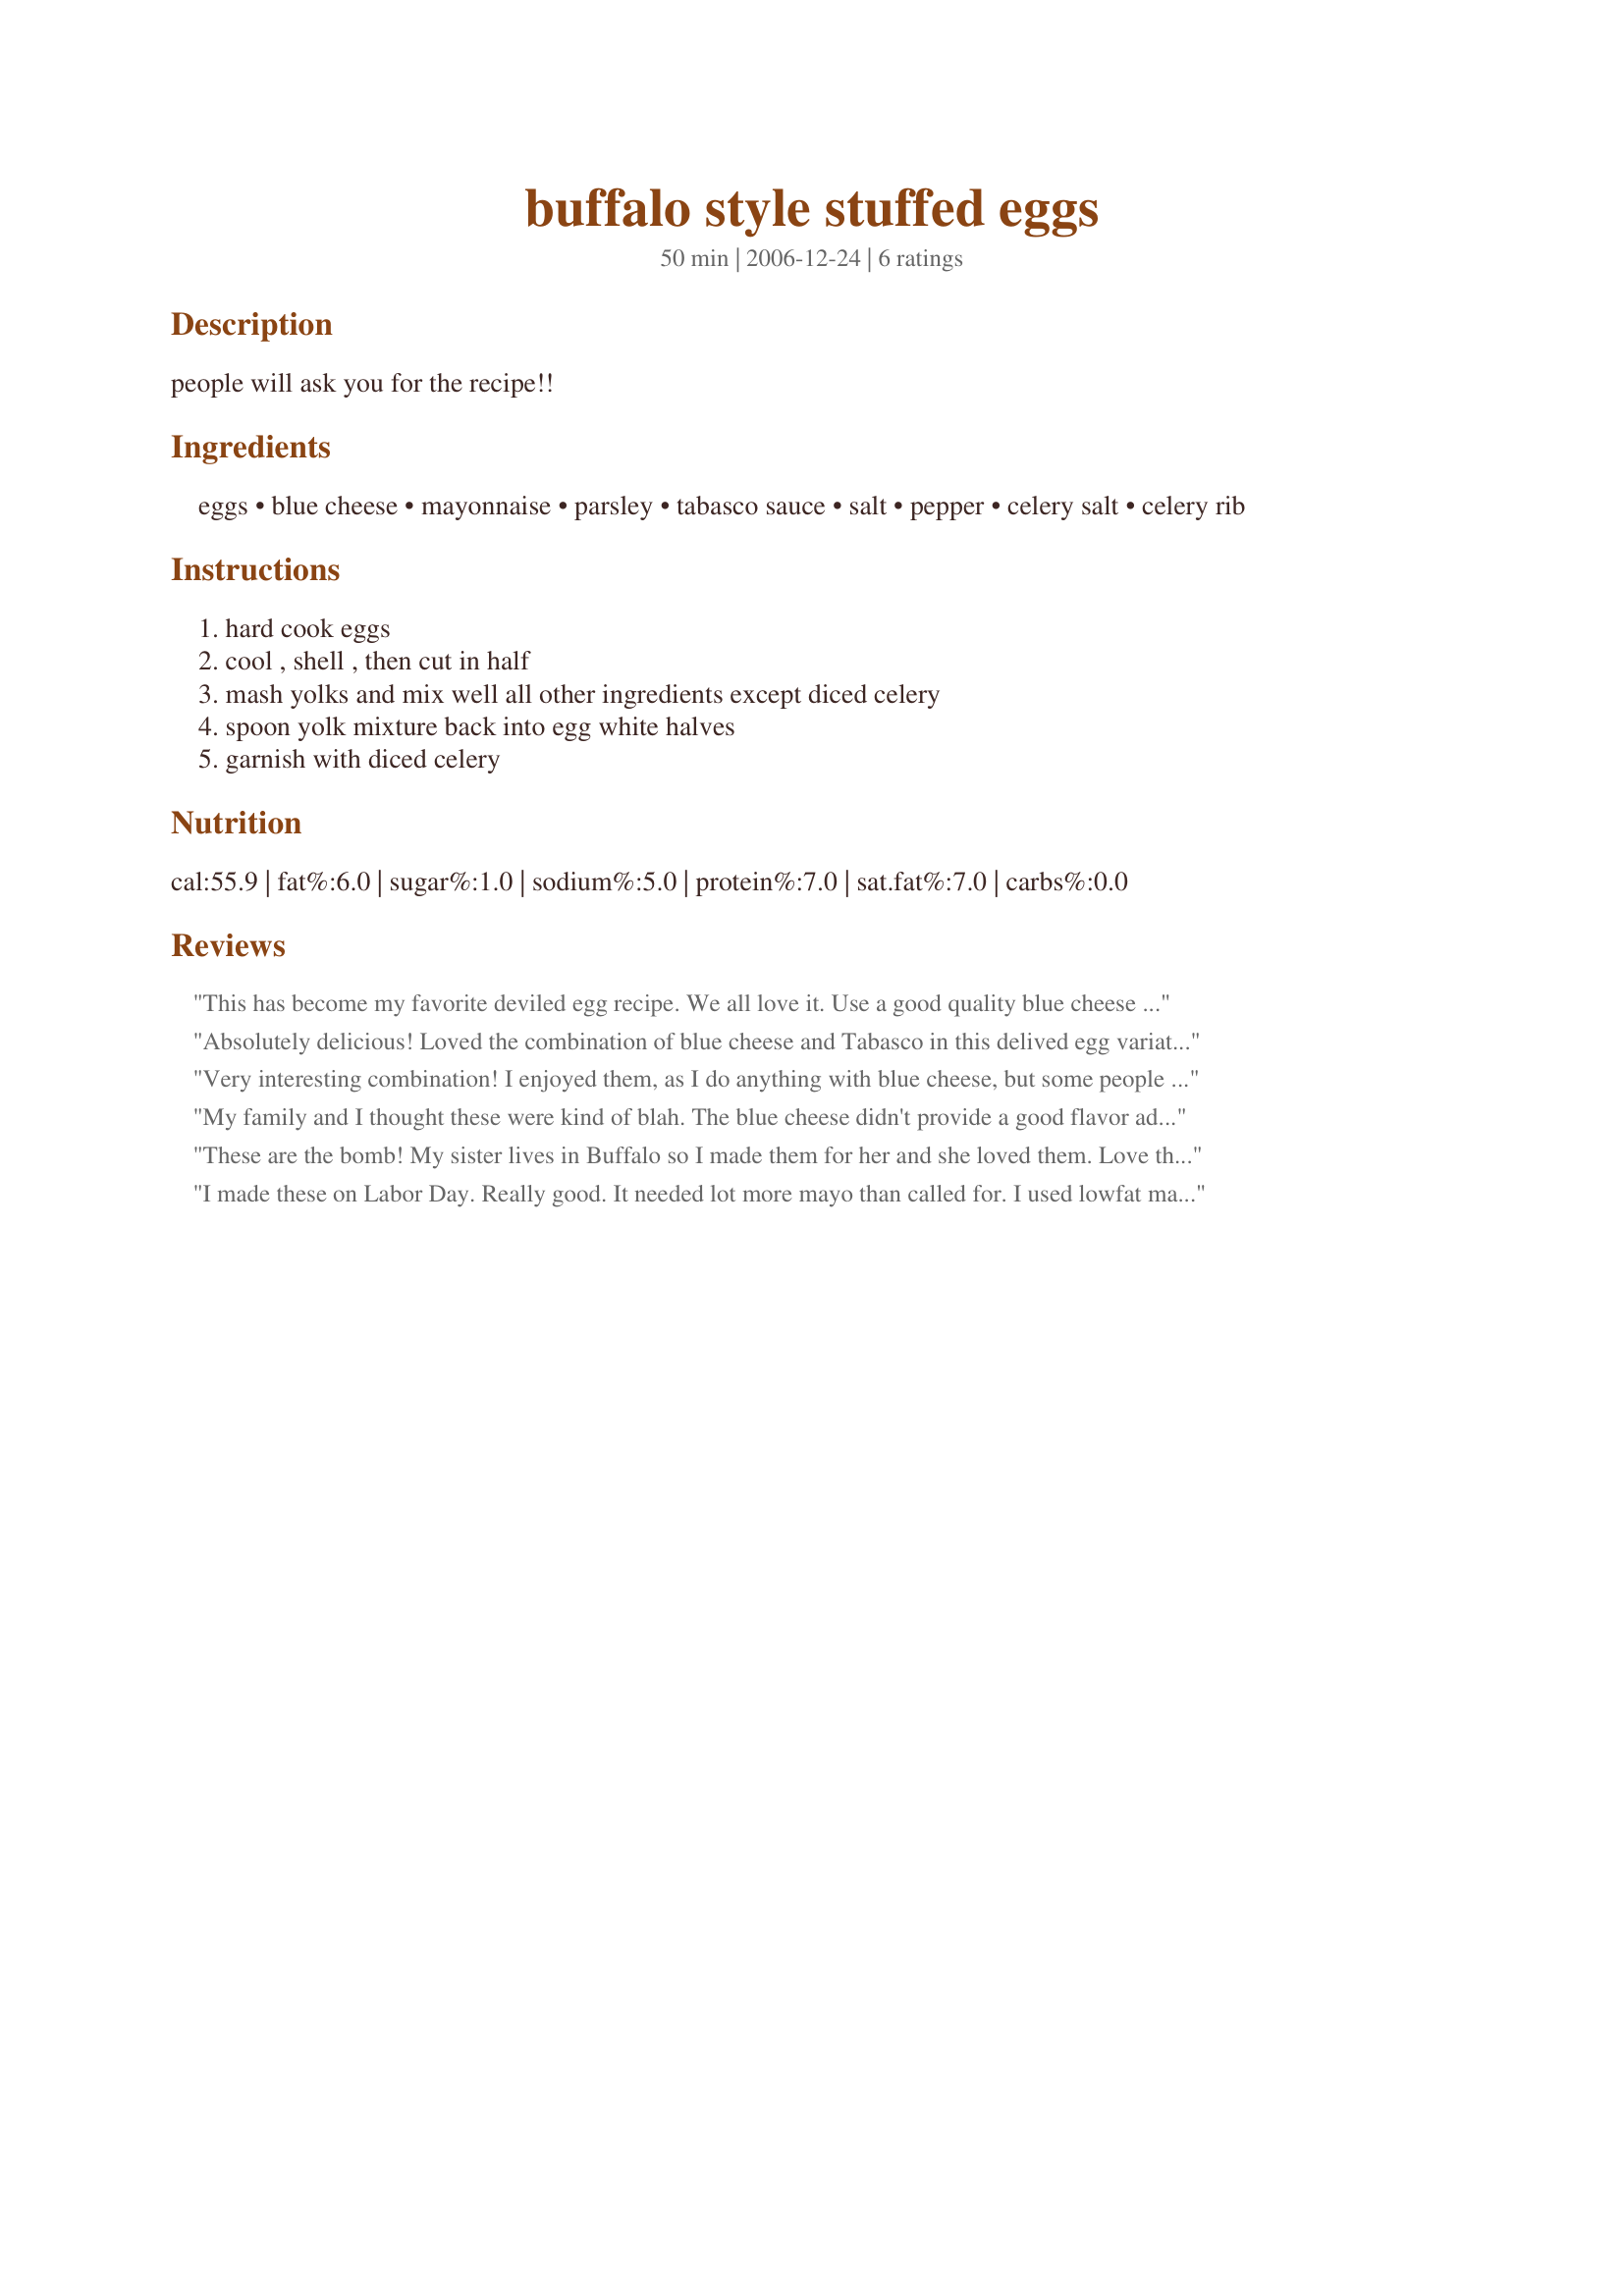
buffalo style stuffed eggs
Preparation time: 50 minutes

people will ask you for the recipe!!

Ingredients:
eggs, blue cheese, mayonnaise, parsley, tabasco sauce, salt, pepper, celery salt, celery rib

Steps:
hard cook eggs, cool , shell , then cut in half, mash yolks and mix well all other ingredients except diced celery, spoon yolk mixture back into egg white halves, garnish with diced celery

Reviews:
This has become my favorite deviled egg recipe. We all love it. Use a good quality blue cheese and they will knock your socks off. The only caution I would add is to check for taste before adding salt. Sometimes the blue cheese is salty enough and additional salt is not needed. And I usually just use ground celery seed rather than the celery salt, again to avoid over salting them.
Absolutely delicious! Loved the combination of blue cheese and Tabasco in this delived egg variation. Different and totally addictive. Thanks for sharing the recipe! Made for PAC Fall 2007.
Very interesting combination! I enjoyed them, as I do anything with blue cheese, but some people weren't crazy about them. The only ingredient I didn't have was the celery salt, but I'm not sure they needed it.
My family and I thought these were kind of blah. The blue cheese didn't provide a good flavor addition, even though we all like blue cheese. Threw leftovers away, that how little we cared for them.
These are the bomb! My sister lives in Buffalo so I made them for her and she loved them. Love the blue cheese.
I made these on Labor Day. Really good. It needed lot more mayo than called for. I used lowfat mayo and more tabasco than called for.
